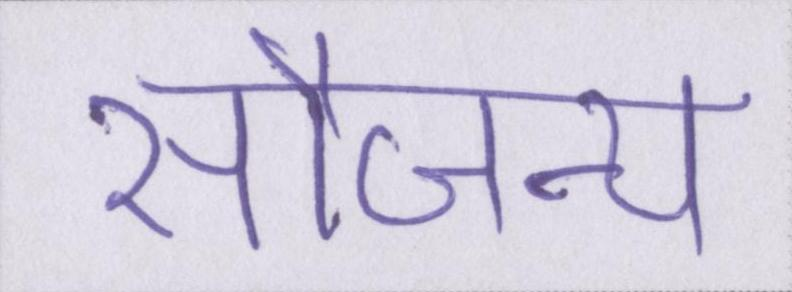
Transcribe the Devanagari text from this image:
सौजन्य